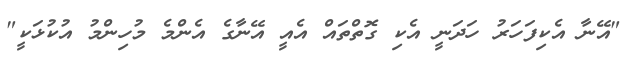
"އޭނާ އެކިފަހަރު ހަދަނީ އެކި ގޮތްތައް އެއީ އޭނާގެ އެންމެ މުހިންމު އުކުޅަކީ"